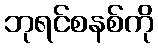
ဘုရင်စနစ်ကို